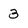
Character: 3